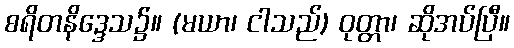
စရိတနိဒ္ဒေသ၌။ (မယာ၊ ငါသည်) ဝုတ္တာ၊ ဆိုအပ်ပြီ။